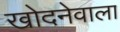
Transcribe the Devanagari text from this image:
खोदनेवाला